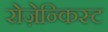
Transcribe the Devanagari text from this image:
रोज़ेन्किस्ट